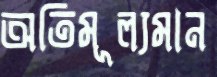
অতিমূল্যমান